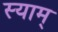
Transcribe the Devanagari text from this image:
स्याम्